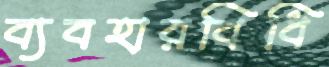
ব্যবহারবিধি